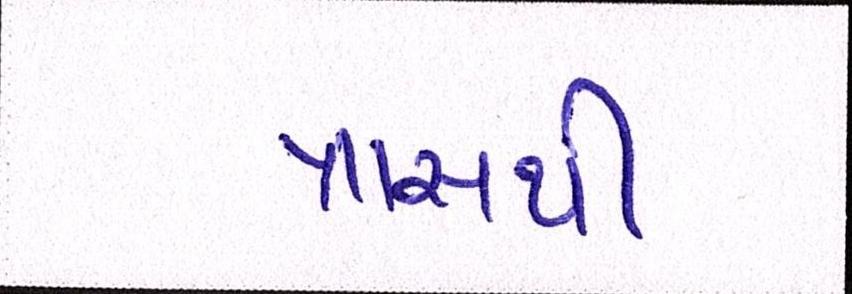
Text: ત્રાસથી